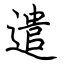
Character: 遣